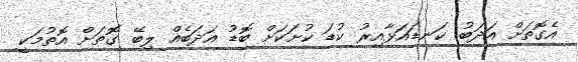
އެގޮތަށް އަދަބު ކަނޑައަޅާއިރު ކުޑަ ކުށަކަށް ބޮޑު އަދަބެއް ލިބޭ ގޮތަށް އޮތުމަކީ